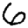
Digit: 6